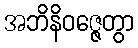
အဘိနိဝဇ္ဇေတွာ